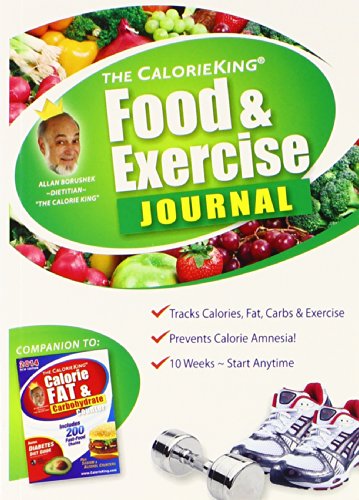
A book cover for The Calorie King Food & Exercise Journal; Alan Borushek; Parenting & Relationships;